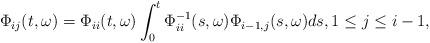
LaTeX: \begin{align*}\Phi_{ij}(t,\omega)=\Phi_{ii}(t,\omega)\int_0^t\Phi_{ii}^{-1}(s,\omega)\Phi_{i-1,j}(s,\omega)ds,1\leq j\leq i-1,\end{align*}